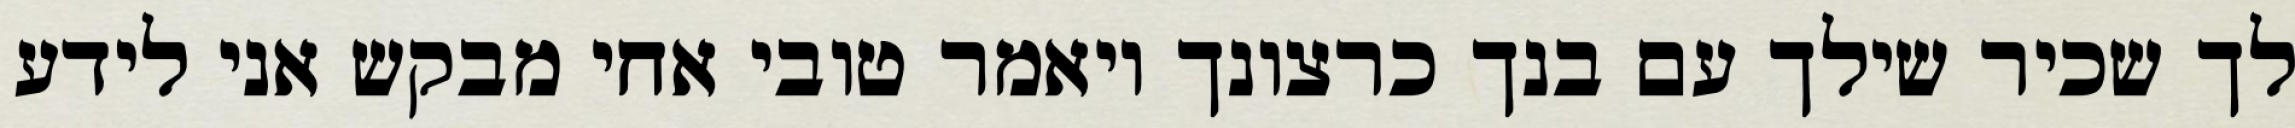
לך שכיר שילך עם בנך כרצונך ויאמר טובי אחי מבקש אני לידע